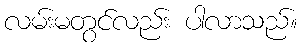
လမ်းမတွင်လည်း ပါလာသည်။